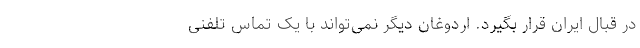
در قبال ایران قرار بگیرد. اردوغان دیگر نمی‌تواند با یک تماس تلفنی